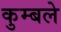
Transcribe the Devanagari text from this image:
कुम्बले